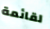
لقائمة